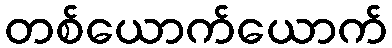
တစ်ယောက်ယောက်